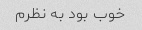
خوب بود به نظرم